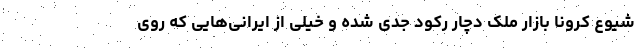
شیوع کرونا بازار ملک دچار رکود جدی شده و خیلی از ایرانی‌هایی که روی